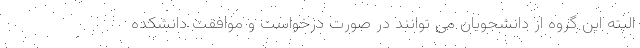
البته این گروه از دانشجویان می توانند در صورت درخواست و موافقت دانشکده